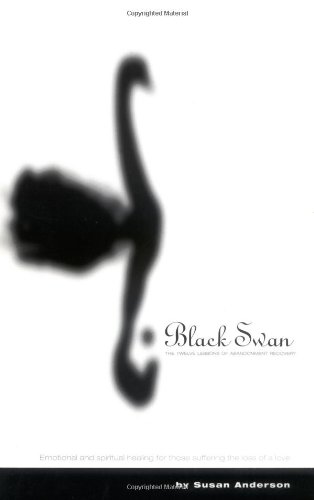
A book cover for Black Swan: The Twelve Lessons of Abandonment Recovery; Susan Anderson; Parenting & Relationships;